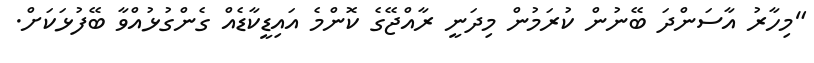
"މިހާރު އާސަންދަ ބޭނުން ކުރަމުން މިދަނީ ރާއްޖޭގެ ކޮންމެ އައިޑީކާޑެއް ގެންގުޅުއްވާ ބޭފުޅަކަށް.